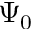
\Psi _ { 0 }